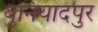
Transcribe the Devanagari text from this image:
बुनियादपुर